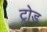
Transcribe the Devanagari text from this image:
ट्रोड